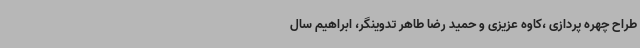
طراح چهره پردازی ،کاوه عزیزی و حمید رضا طاهر تدوینگر، ابراهیم سال